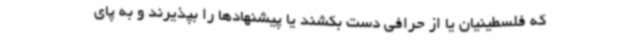
که فلسطینیان یا از حرافی دست بکشند یا پیشنهادها را بپذیرند و به پای